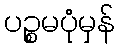
ပဉ္စမပုံမှန်